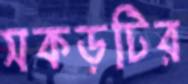
সকড়টির